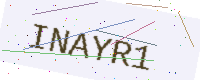
Text: INAYR1